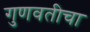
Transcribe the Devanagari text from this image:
गुणवतीचा